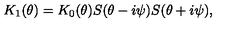
K _ { 1 } ( \theta ) = K _ { 0 } ( \theta ) S ( \theta - i \psi ) S ( \theta + i \psi ) ,